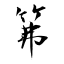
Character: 笰